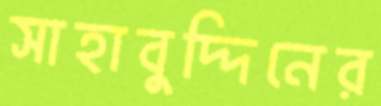
সাহাবুদ্দিনের